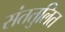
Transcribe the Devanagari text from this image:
संततुलित